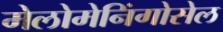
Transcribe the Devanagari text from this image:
मेलोमेनिंगोसेल